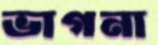
ভাগনা